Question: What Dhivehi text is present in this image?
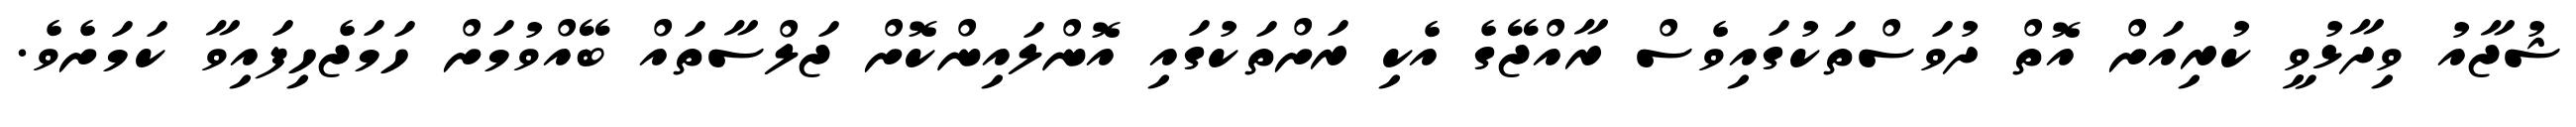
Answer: ޝުޖާއު ވިދާޅުވީ ކުރިއަށް އޮތް ދުވަސްތަކުގައިވެސް ރާއްޖޭގެ އެކި ރަށްތަކުގައި އޮންލައިންކޮށް ޖަލްސާތައް ބޭއްވުމަށް ހަމަޖެހިފައިވާ ކަމަށެވެ.